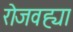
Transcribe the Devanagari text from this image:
रोजवह्या